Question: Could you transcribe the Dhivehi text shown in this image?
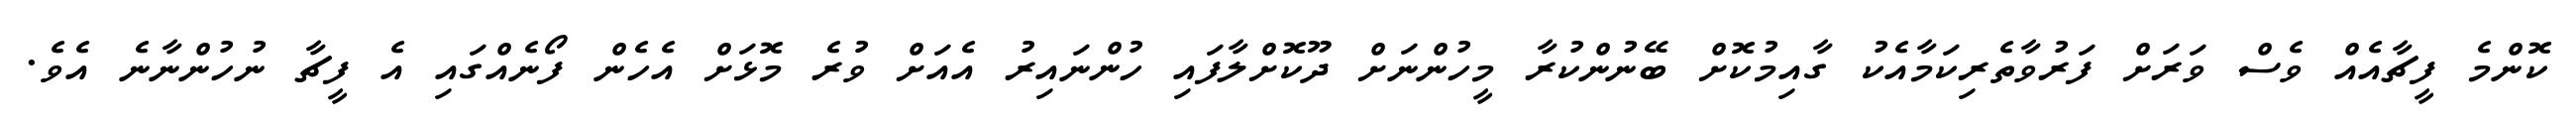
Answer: ކޮންމެ ފީޗާއެއް ވެސް ވަރަށް ފަރުވާތެރިކަމާއެކު ގާއިމުކޮށް ބޭނުންކުރާ މީހުންނަށް ދޫކޮށްލާފައި ހުންނައިރު އެއަށް ވުރެ މޮޅަށް އެހެން ފޯނެއްގައި އެ ފީޗާ ނުހުންނާނެ އެވެ.